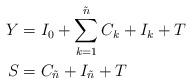
LaTeX: \begin{align*}Y &= I_0 + \sum_{k=1}^{\tilde{n}} C_k + I_k + T \\S &= C_{\tilde{n}} + I_{\tilde{n}} + T \end{align*}